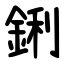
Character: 鋓